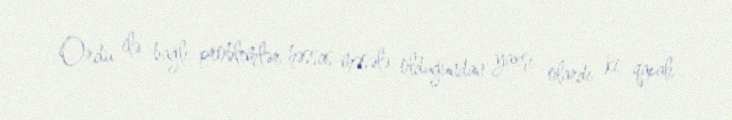
Ordu ilə bağlı problemlər həssas məsələ olduğundan yaxşı olardı ki, qapalı